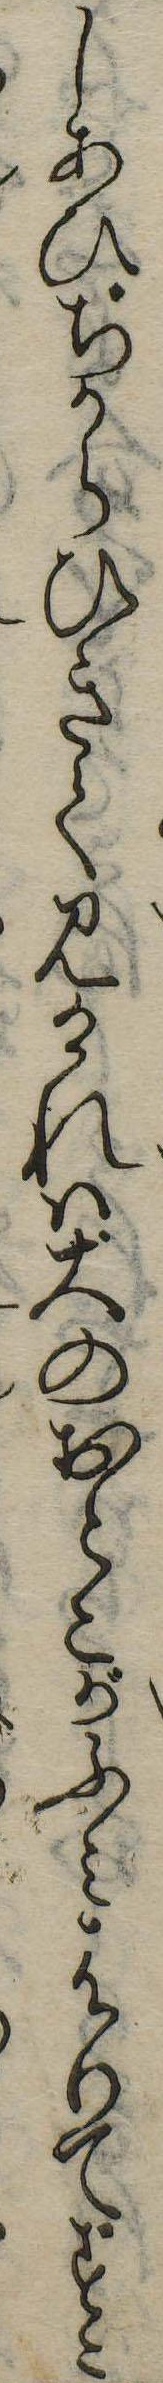
しあひちからひきて見けれは大のおとこがふみはりてすこ